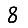
Digit: 8